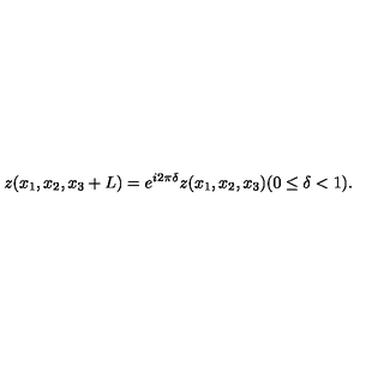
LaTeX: z ( x _ { 1 } , x _ { 2 } , x _ { 3 } + L ) = e ^ { i 2 \pi \delta } z ( x _ { 1 } , x _ { 2 } , x _ { 3 } ) ( 0 \leq \delta < 1 ) .